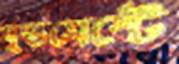
মুভমেন্টে